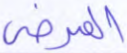
المرضى